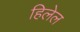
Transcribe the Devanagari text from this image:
हिलेल